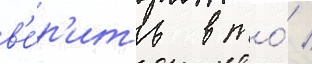
в'е́р'ить в то́ /